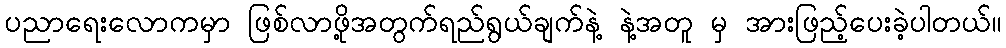
ပညာရေးလောကမှာ ဖြစ်လာဖို့အတွက်ရည်ရွယ်ချက်နဲ့ နဲ့အတူ မှ အားဖြည့်ပေးခဲ့ပါတယ်။